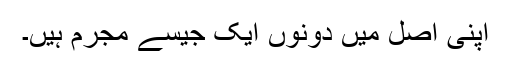
اپنی اصل میں دونوں ایک جیسے مجرم ہیں۔